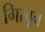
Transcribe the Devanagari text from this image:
गिरवून